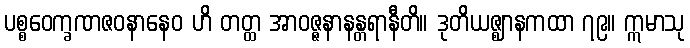
ပစ္စဝေက္ခဏဇဝနာနေဝ ဟိ တတ္ထ အာဝဇ္ဇနာနန္တရာနီတိ။ ဒုတိယဇ္ဈာနကထာ ၇၉။ ဣမာသု